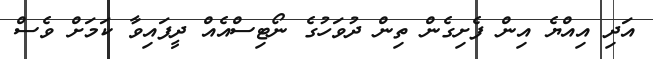
އަދި އިއްޔެ އިން ފެށިގެން ތިން ދުވަހުގެ ނޯޓިސްއެއް ދީފައިވާ ކަމަށް ވެސް